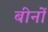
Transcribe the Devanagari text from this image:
बीनों